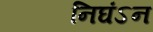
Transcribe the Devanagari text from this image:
निघंऽन